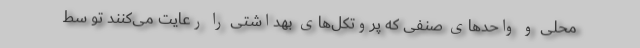
محلی و واحدهای صنفی که پروتکل‌های بهداشتی را رعایت می‌کنند تو سط